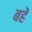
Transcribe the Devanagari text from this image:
बहें